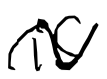
Text: is
Cross-out: wave
Writing tool: digital_black